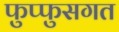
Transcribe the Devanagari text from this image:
फुप्फुसगत